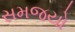
સમજયો